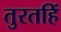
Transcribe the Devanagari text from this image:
तुरतहिं